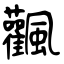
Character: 飌